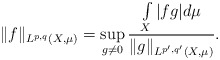
\begin{align*}\|f\|_{L^{p,q}(X,\mu)}=\sup_{\substack{g\neq 0}}\frac{\int\limits_{X}|fg|d\mu}{\|g\|_{L^{p',q'}(X,\mu)}}.\end{align*}